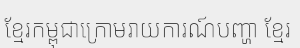
ខ្មែរកម្ពុជាក្រោមរាយការណ៍បញ្ហា ខ្មែរ